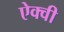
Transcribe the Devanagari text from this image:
ऐक्वी